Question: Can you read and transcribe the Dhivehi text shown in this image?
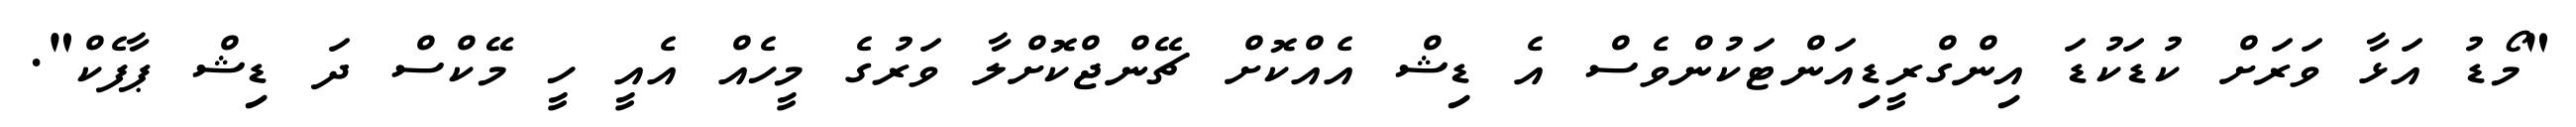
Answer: "މޯޑު އަޅާ ވަރަށް ކުޑަކުޑަ އިންގްރީޑިއަންޓަކުންވެސް އެ ޑިޝް އެއްކޮށް ޗޭންޖްކޮށްލާ ވަރުގެ މީހެއް އެއީ ހީ މޭކްސް ދަ ޑިޝް ޕާފެކް".